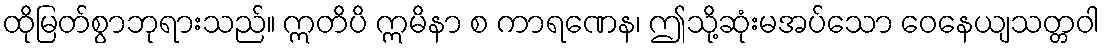
ထိုမြတ်စွာဘုရားသည်။ ဣတိပိ ဣမိနာ စ ကာရဏေန၊ ဤသို့ဆုံးမအပ်သော ဝေနေယျသတ္တဝါ